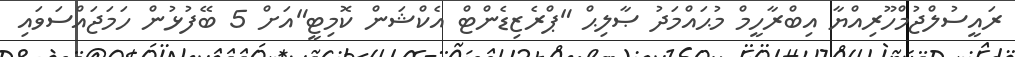
ރައީސުލްޖުމްހޫރިއްޔާ އިބްރާހީމް މުޙައްމަދު ޞާލިޙް "ޕްރެޒިޑެންޓް އެކްޝަން ކޮމިޓީ"އަށް 5 ބޭފުޅުން ހަމަޖައްސަވައި